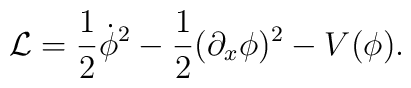
{\cal L}=\frac{1}{2}\dot{\phi}^{2}-\frac{1}{2}(\partial_{x}\phi)^{2}-V(\phi).